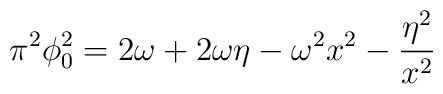
\pi^{2}\phi_{0}^{2}=2\omega +2\omega\eta -\omega^2 x^2-{\eta^2\over x^2}